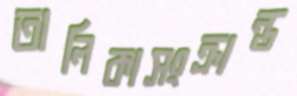
তালিকাসংক্রান্ত